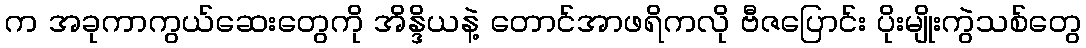
က အခုကာကွယ်ဆေးတွေကို အိန္ဒိယနဲ့ တောင်အာဖရိကလို ဗီဇပြောင်း ပိုးမျိုးကွဲသစ်တွေ